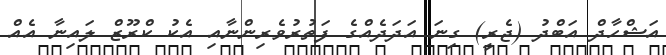
އަޝްހާދް އަބްދު (ޖެރީ) ގިނަ އަދަދެއްގެ ފަތުރުވެރިންނާއި އެކު ކްރޫޒް ލައިނާ އެއް